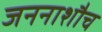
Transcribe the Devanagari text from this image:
जननाशौच